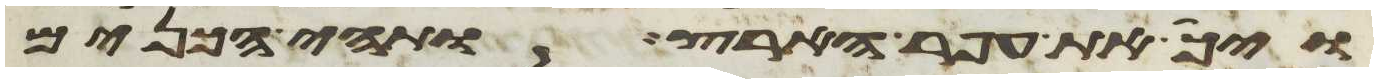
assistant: ויך את עפר הארץ ותהי הכנים